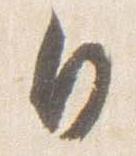
日